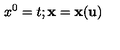
x ^ { 0 } = t ; { \bf x } = { \bf x } ( { \bf u } )